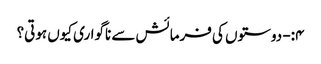
۴:- دوستوں کی فرمائش سے ناگواری کیوں ہوتی؟